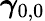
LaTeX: {\boldsymbol\gamma}_{0,0}